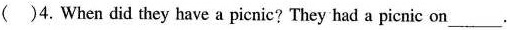
()4.When did they have a picnic? They had a picnic on___.